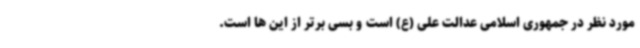
مورد نظر در جمهوری اسلامی عدالت علی (ع) است و بسی برتر از این ها است.